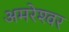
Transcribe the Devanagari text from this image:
अमरेश्‍वर